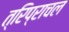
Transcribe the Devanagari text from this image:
त्रिप्राचल